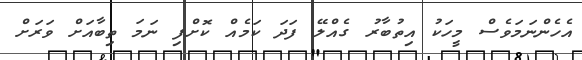
އެހެންނަމަވެސް މީހަކު އިތުބާރު ގެއްލޭ ފަދަ ކަމެއް ކޮށްފި ނަމަ ތިބާއަށް ވަރަށް